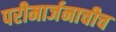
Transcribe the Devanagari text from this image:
परीमार्जनाचीच